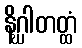
နိဂ္ဃါတတ္ထံ